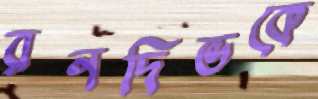
রনদিভকে